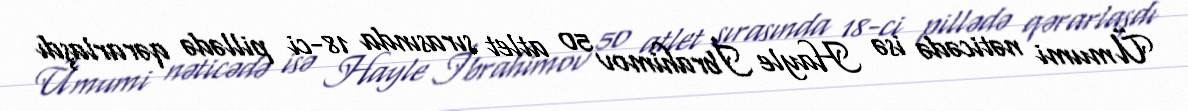
Ümumi nəticədə isə Hayle İbrahimov 50 atlet sırasında 18-ci pillədə qərarlaşdı